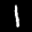
Label: 1